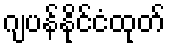
ဂျပန်နိုင်ငံထုတ်